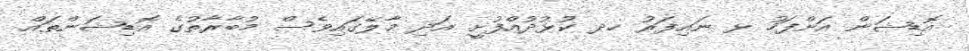
އޮޑިޝަން އަށްފަހު ޅ ނައިފަރު ހދ ކުޅުދުއްފުށީ އަދި މާލޭގައިވެސް މުބާރާތުގެ އޮޑިޝަންތައް